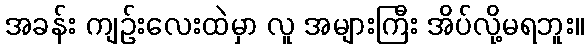
အခန်း ကျဉ်းလေးထဲမှာ လူ အများကြီး အိပ်လို့မရဘူး။